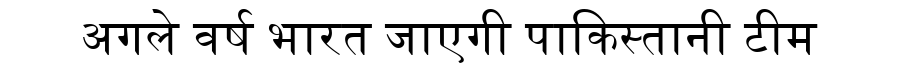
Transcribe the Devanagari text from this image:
अगले वर्ष भारत जाएगी पाकिस्तानी टीम